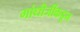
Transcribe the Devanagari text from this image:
गांधीजींकडून